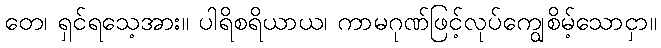
တေ၊ ရှင်ရသေ့အား။ ပါရိစရိယာယ၊ ကာမဂုဏ်ဖြင့်လုပ်ကျွေစိမ့်သောငှာ။